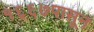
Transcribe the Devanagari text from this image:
१६६७पासून